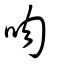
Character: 脗